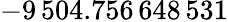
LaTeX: -9\, 504.756\, 648\, 531